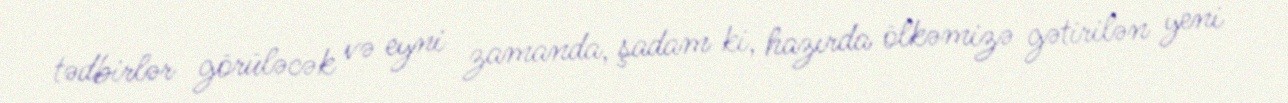
tədbirlər görüləcək və eyni zamanda, şadam ki, hazırda ölkəmizə gətirilən yeni